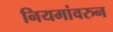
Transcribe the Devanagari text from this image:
नियमांवरुन